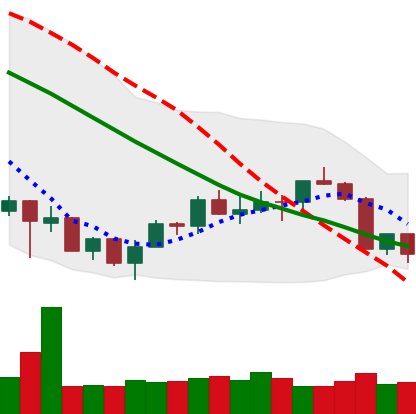
Ticker: ETH-USD
Chart end date: 2018-07-12
Forward return: 16.492%
Label: up_7plus